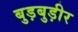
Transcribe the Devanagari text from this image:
बुड़बुड़ीर